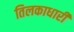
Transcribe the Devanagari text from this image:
तिलकाधारी